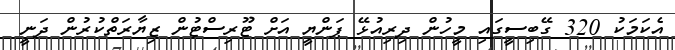
އެކަމަކު 320 ގޭބިސީގައި މީހުން ދިރިއުޅޭ ޕަންޔީ އަށް ޓޫރިސްޓުން ޒިޔާރަތްކުރުން ދަނީ